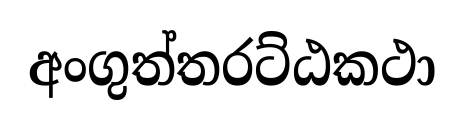
අංගුත්තරට්ඨකථා